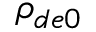
\rho _ { d e 0 }